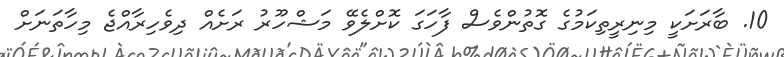
10. ބާރަށަކީ މިނިރީތިކަމުގެ ގޮތުންވެސް ފާހަގަ ކޮށްލެވޭ މަޝްހޫރު ރަށެއް ދިވެހިރާއްޖެ މިހާތަނަށް